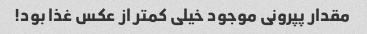
مقدار پپرونی موجود خیلی کمتر از عکس غذا بود!